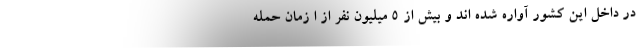
در داخل این کشور آواره شده اند و بیش از ۵ میلیون نفر از ا زمان حمله